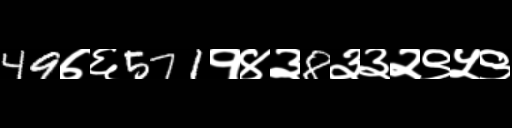
Text: 49७६571१४३8३३२९५९